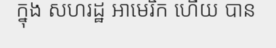
ក្នុង សហរដ្ឋ អាមេរិក ហើយ បាន